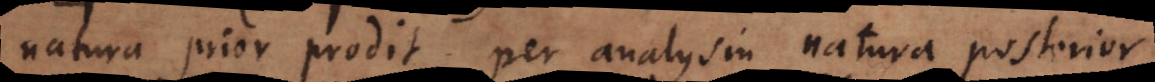
natura prior prodit per analysin natura posterior